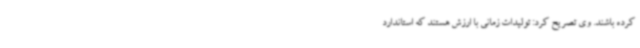
کرده باشند. وی تصریح کرد: تولیدات زمانی با ارزش هستند که استاندارد